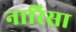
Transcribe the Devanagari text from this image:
नारिसा